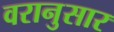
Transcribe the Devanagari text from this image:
वरानुसार